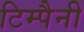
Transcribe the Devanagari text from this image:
टिम्पैनी